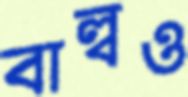
বাল্বও